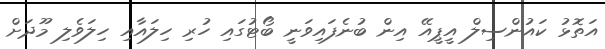
އަތޮޅު ކައުންސިލް އީޕީއޭ އިން ބުނެފައިވަނީ ބޯޓުގައި ހުރި ހިލައާއި ހިލަވެލި މޫދަށް